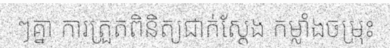
ៗគ្នា ការត្រួតពិនិត្យជាក់ស្តែង កម្លាំងចម្រុះ